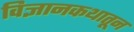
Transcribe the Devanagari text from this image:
विज्ञानकथातून